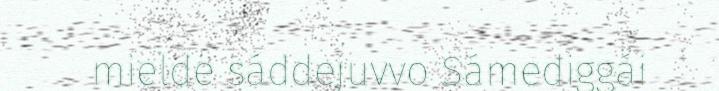
mielde sáddejuvvo Sámediggái